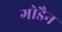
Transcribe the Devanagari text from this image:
गोडैन